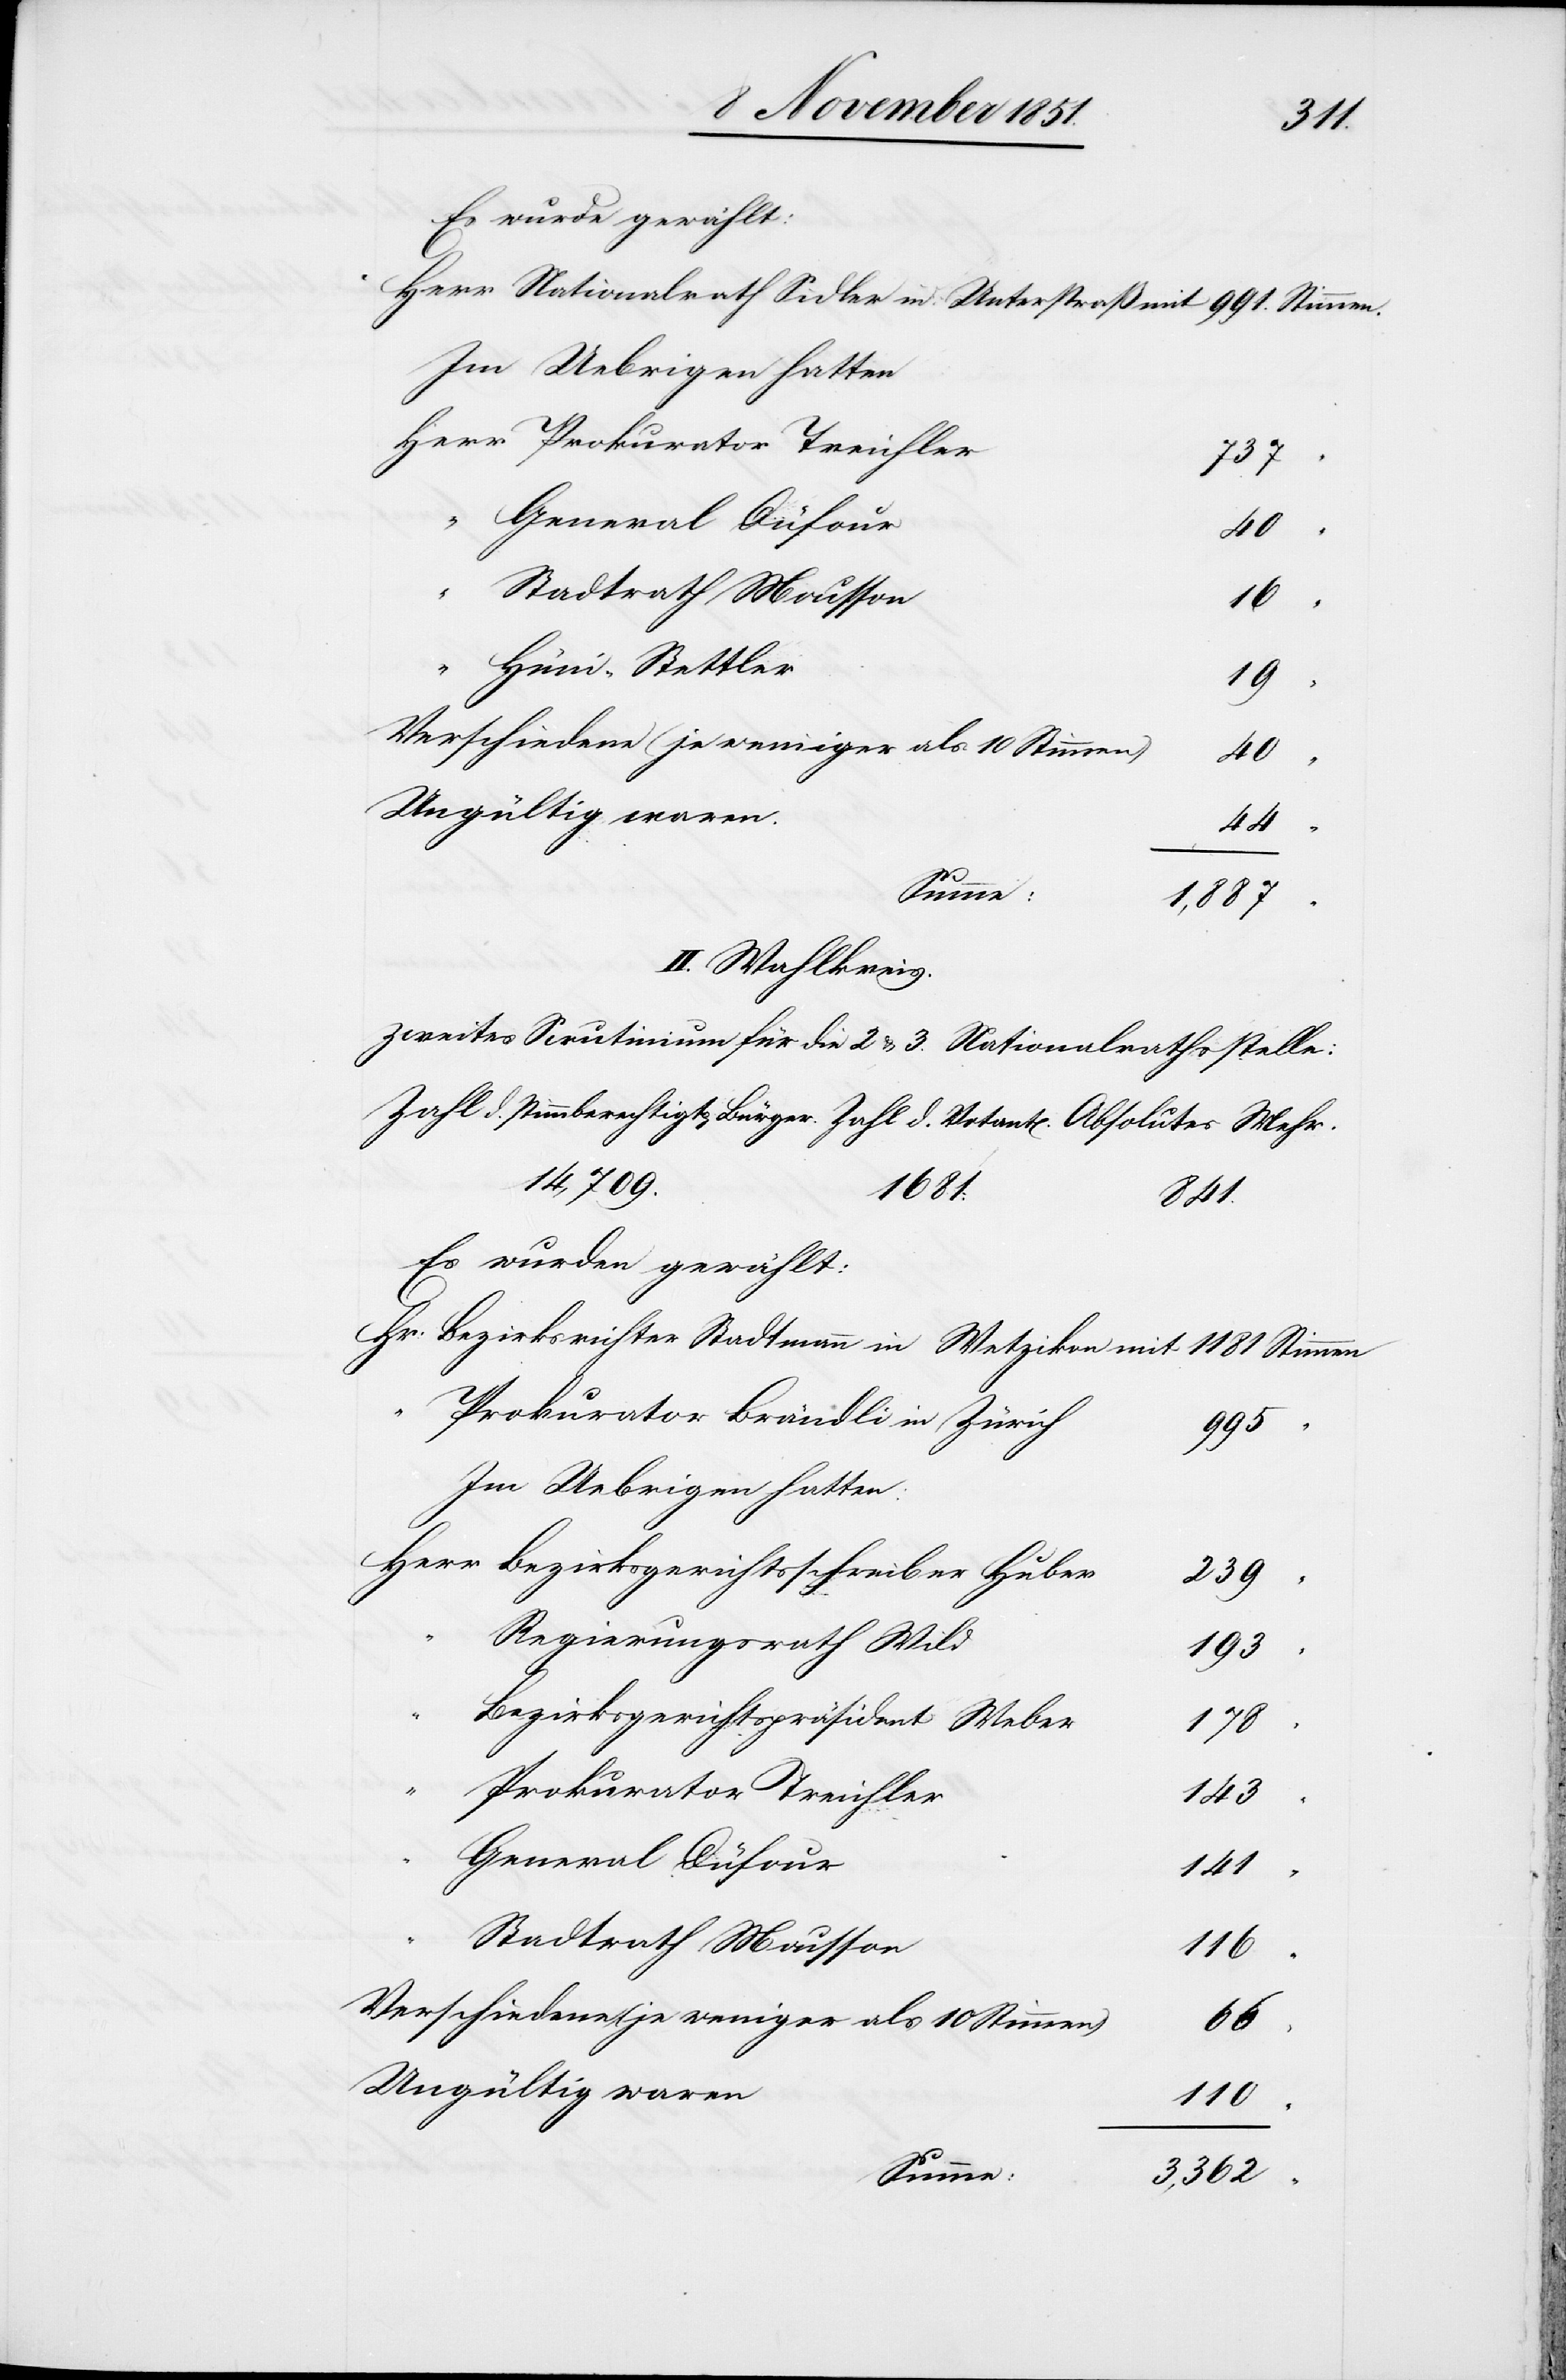
Es wurde gewählt:
737
Herr
Hüni-Stettler
19
“
Verschiedene (je weniger als 10 Stimmen)
40
Ungültig waren.
44
Summe:
1,887
II. Wahlkreis.
zweites Scrutinium für die 2 & 3. Nationalrathsstelle:
14,709.
1681:
1181
Es wurden gewählt:
Prokurator Brändli in Zürich
995
Im Uebrigen hatten:
Bezirksgerichtsschreiber Huber
239
“
Regierungsrath Wild
193
Bezirksgerichtspräsident Weber
178
Prokurator Treichler
143
General Düfour
141
Stadtrath Mousson
116
Ungültig waren
110
Summe:
3,362